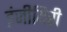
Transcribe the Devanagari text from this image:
इंजीयिरी